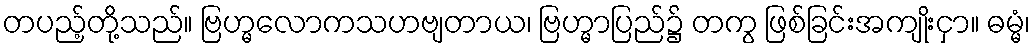
တပည့်တို့သည်။ ဗြဟ္မလောကသဟဗျတာယ၊ ဗြဟ္မာပြည်၌ တကွ ဖြစ်ခြင်းအကျိုးငှာ။ ဓမ္မံ၊